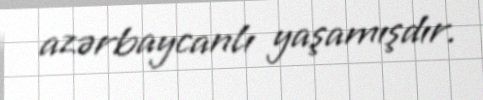
azərbaycanlı yaşamışdır.